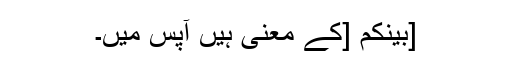
[بَيْنَكُمْ [کے معنی ہیں آپس میں۔